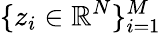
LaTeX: \{ z_{i}\in\mathbb{R}^{N}\} _{i=1}^{M}